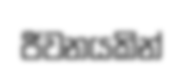
ජීවනයකින්